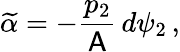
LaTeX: \widetilde{\alpha}=-\frac{p_{2}}{\mathsf{A}}\, d\psi_{2}\, ,